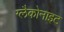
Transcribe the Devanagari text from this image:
ग्लैकोनाइट